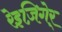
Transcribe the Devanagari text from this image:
रेइज़िगेर्